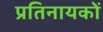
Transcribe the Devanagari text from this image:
प्रतिनायकों